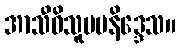
အာသီဝိသူပမနိဒ္ဒေသ။